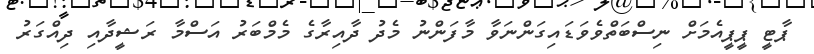
ޕާޓީ ޕީޕީއެމަށް ނިސްބަތްވެވަޑައިގަންނަވާ މާފަންނު މެދު ދާއިރާގެ މެމްބަރު އަސްމާ ރަޝީދާއި ދިއްގަރު